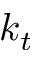
k _ { t }